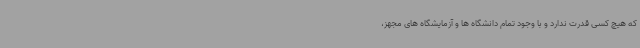
که هیچ کسی قدرت ندارد و با وجود تمام دانشگاه ها و آزمایشگاه های مجهز،